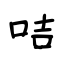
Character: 咭